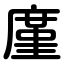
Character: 廑